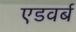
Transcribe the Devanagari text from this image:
एडवर्ब